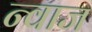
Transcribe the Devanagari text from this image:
न्वाज